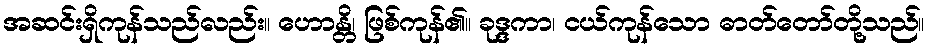
အဆင်းရှိကုန်သည်လည်း။ ဟောန္တိ၊ ဖြစ်ကုန်၏။ ခုဒ္ဒကာ၊ ငယ်ကုန်သော ဓာတ်တော်တို့သည်။